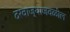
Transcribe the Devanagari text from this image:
दरवाज्याजवळील